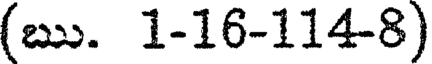
(ఋ. 1-16-114-8)